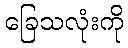
ခြေသလုံးကို